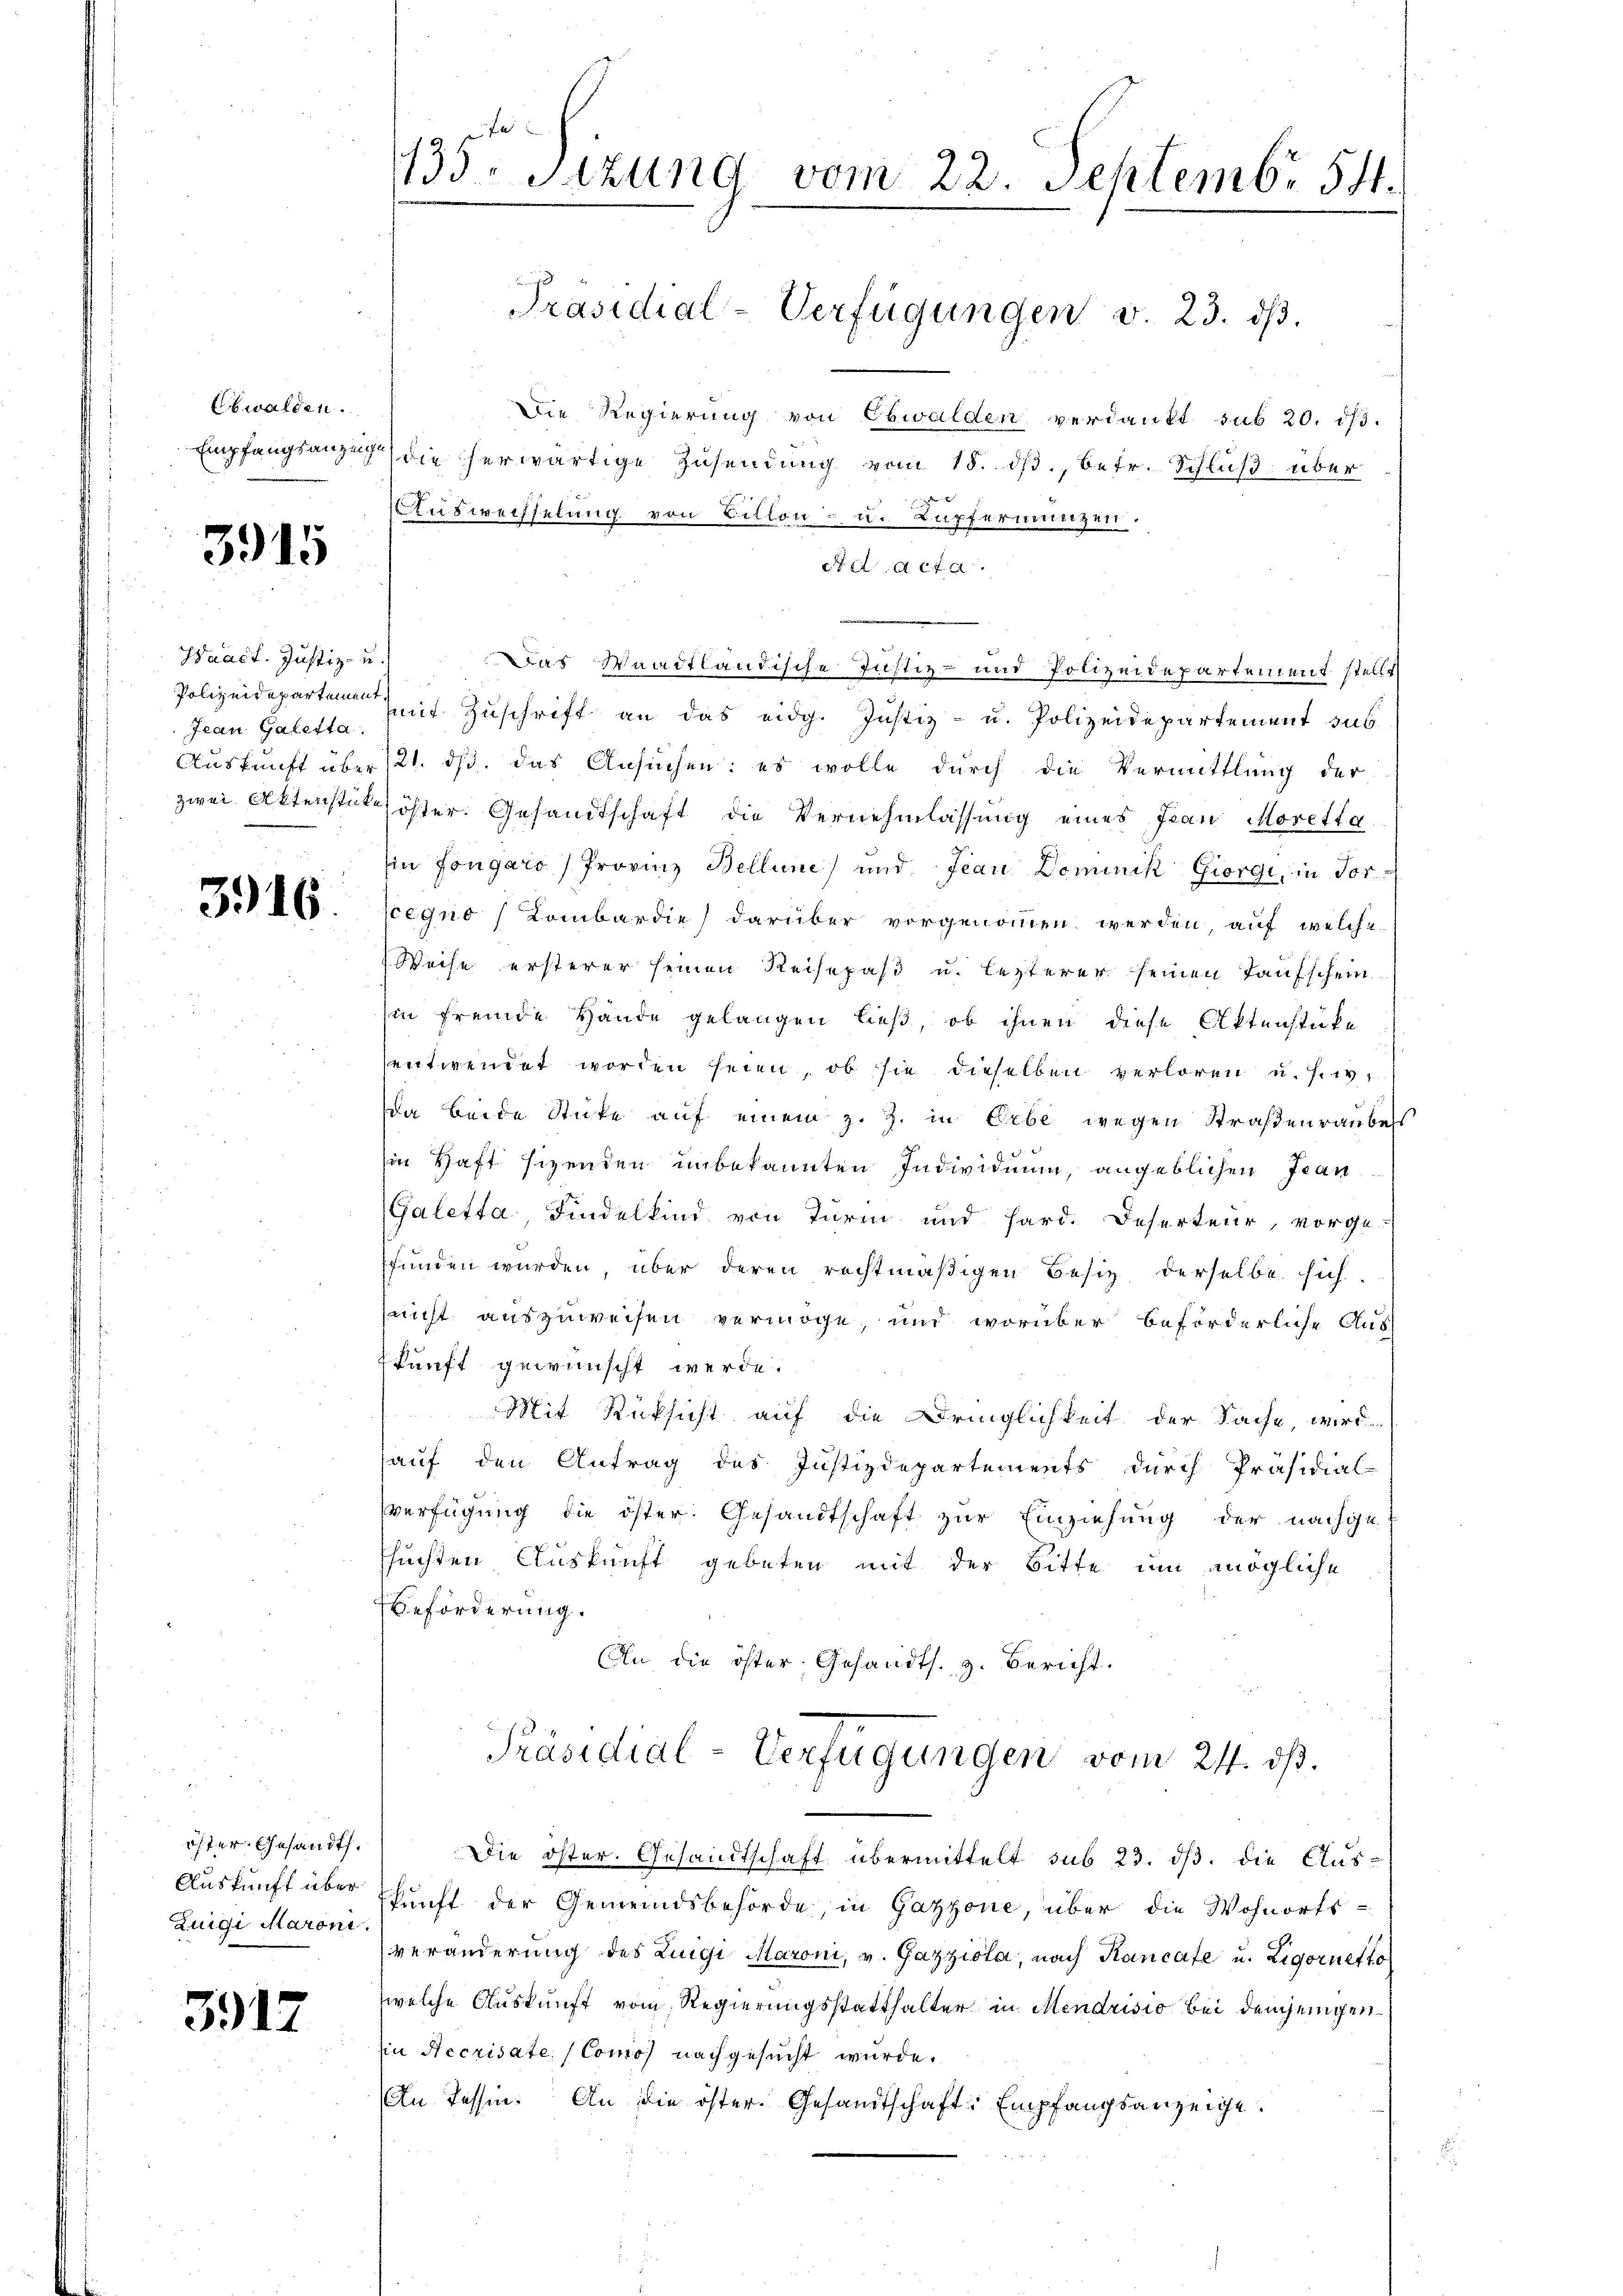
Ebwalden.

3915

Hract. Justiz- u.
Jean Galetta.

3916.

öster Gesandt.
Auskunft über
Zuigi Maroni

3917

fu
135. Sitzung vom 22. Septembr 54.

Die Regierung von Obwalden verdankt sub 20. ds.
Empfangsanzeig die herwärtige Zusendung vom 18. ds., betr. Schluß über
Auswechselung von Bitten- u. Kupfermünzen.
At d. Acta.
Das Waadtländische Justiz- und Polizeidepartement stellt
Polizeidepartemen mit Zuschrift an das eidg. Justiz- u. Polizeidepartement sub
Auskunft über 121. ds. das Ansuchen: es wolle durch die Vermittlung der
zwei Aktenstüke öster. Gesandtschaft die Vernehmlassung eines Jean Moretta
in fongáro) Provinz Bellene) und Jean Dominik Giorgi, in For-
segno Lombardie) darüber vorgenommen werden, auf welche
Weise ersterer seinen Reisepaß u. lezterer seinen Taufschein
Ein fremde Hande gelangen ließ, ob ihnen diese Aktenstücke
entwendet worden seien, ob sie dieselben verloren u. s. w.
da beide Stücke auf einem z. Z. in Gebe wegen Straßenraube
7
in Haft sizenden unbekannten Individuum, angeblichen Jean¬
Galetta, Findelkind von Turm und Hard. Deserteur, vorge-
funden wurden, über deren rechtmäßigen Besitz derselbe sich
(nicht auszuweisen vermöge, und worüber beförderliche Aus
skunft gewünscht werde.
Mit Rücksicht auf die Dringlichkeit der Sache, wird
auf den Antrag des Justizdepartements durch Präsidial-
verfügung die öster Gesandtschaft zur Einziehung der nachge-
ssuchten Auskunft gebeten mit der Bitte um mögliche
Beförderung.
Oln, die öster, Gesandts. z. Bericht.
Präsidial-Verfügungen vom 24. ds.
Die öster. Gesandtschaft übermittelt sub 23. ds. die Aus-
skunft der Gemeindsbehörde, in Gazzone, über die Wohnorts-
veränderung des Luigi Maroni, v. Gazziola, nach Kancate u. Zigernetto
welche Auskunft vom Regierungsstatthalter in Mendrisio bei demjenigen
in Recrisate, (Comos nachgesucht wurde.
An Tessin. An die öster Gesandtschaft Empfangsanzeige.

Präsidial-Verfügungen v. 23. dβ.